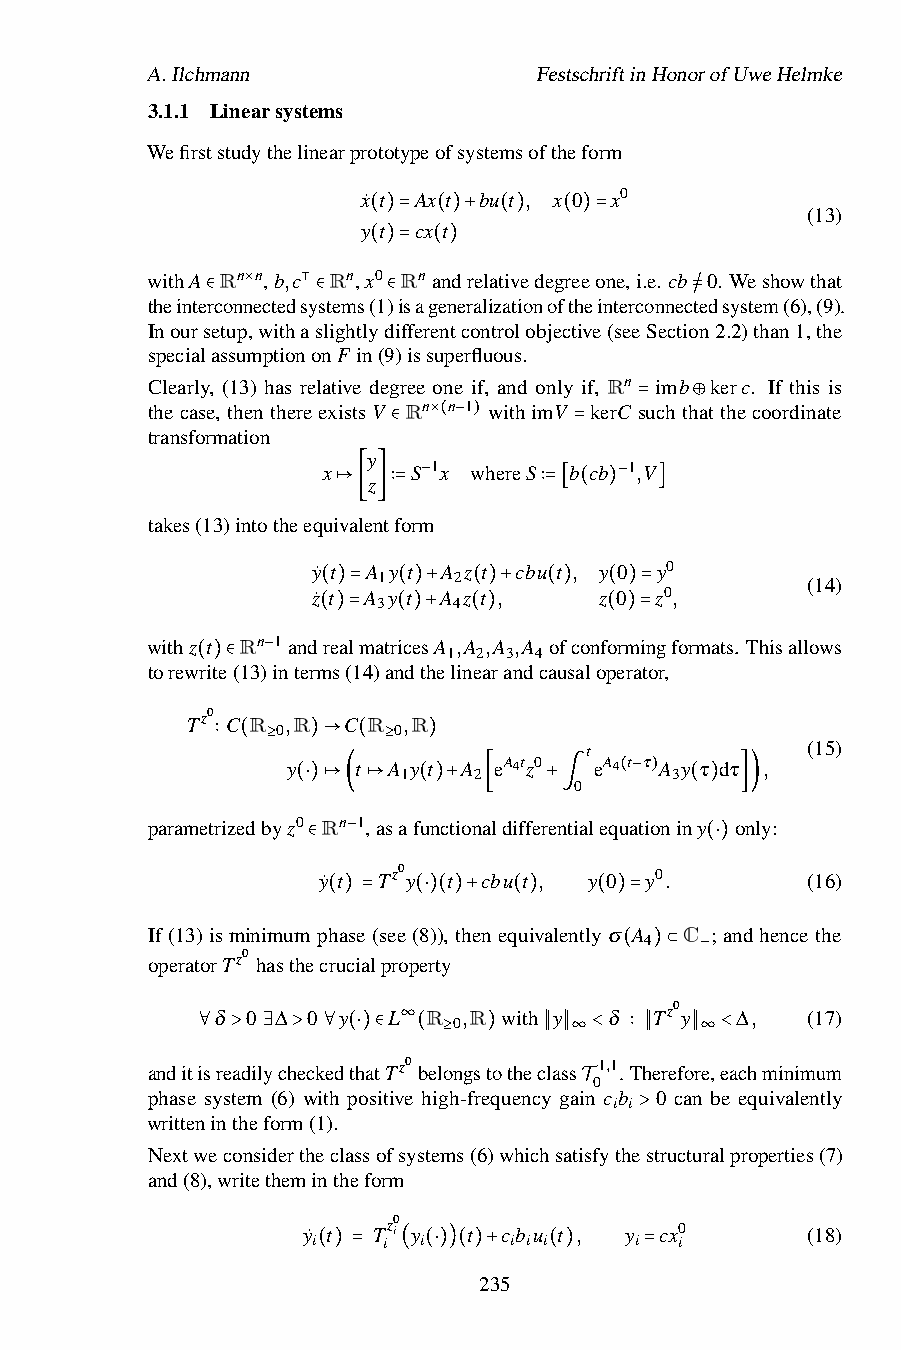
A.Ilchmann                FestschriftinHonorofUweHelmke
 3.1.1 Linearsystems
 Wefirststudythelinearprototypeofsystemsoftheform
 x˙ t Ax t bu t , x 0 x0
 (13)
 y t cx t
 ( )= ( )+ ( ) ( )=
 withA Rn n,b,c Rn,x(0)=Rna(n)drelativedegreeone,i.e. cb 0. Weshowthat
 theinterconn×ecteds⊺ystems(1)isageneralizationoftheinterconnectedsystem(6),(9).
 Inours∈etup,witha∈slightlyd∈ifferentcontrolobjective(seeSectio=/n2.2)than1,the
 specialassumptiononF in(9)issuperfluous.
 Clearly, (13) has relative degree one if, and only if, Rn imb kerc. If this is
 thecase,thenthereexistsV Rn n 1 withimV kerC suchthatthecoordinate
 transformation    ×( − )        =   ⊕
 y ∈           =
 x     S 1x whereS b cb 1,V
 z
 −            −
 takes(13)intotheequi↦va[len]t∶f=orm ∶=[ ( ) ]
 y˙ t A y t A z t cbu t , y 0 y0
 1    2                      (14)
 z˙ t A y t A z t , z 0 z0,
 3    4
 ( )= ( )+ ( )+ ( ) ( )=
 withz t Rn 1and(re)al=matr(ice)s+A ,A(,)A ,A ofconf(orm)=ingformats. Thisallows
 1 2 3 4
 torewrite(13)−interms(14)andthelinearandcausaloperator,
 ( )∈
 Tz0 C R ,R C R ,R
 0       0
 t             (15)
 ∶ ( ≥ y )→ t( ≥A 1y t) A 2 eA4tz0 eA4 t τ A 3y τ dτ ,
 0
 (− )
 parametrizedbyz0(⋅) R↦ n( 1,↦ asaf( un) c+ tiona[ ldiffer+ en∫ tialequationin( y) o] n)
 ly:
 −
 ∈y˙ t Tz0 y t cbu t , y 0 y0. (⋅) (16)
 If(13)isminimump( ha) se= (see(( 8⋅) ))( ,) th+ eneq( ui) valently( σ)= A C ; andhencethe
 4
 operatorTz0
 hasthecrucialproperty
 ( )⊂ −
 δ 0 ∆ 0 y   L R  ,R with y δ Tz0 y ∆,  (17)
 0
 ∞
 andit∀ isre> adil∃ ych> eck∀ ed( th⋅) at∈ Tz0( belo≥ ngst) othec∥ las∥ s∞<1,1.∶ Th∥ erefo∥ r∞ e,e<
 achminimum
 0
 phase system (6) with positive high-frequency gain cb 0 can be equivalently
 i i
 writtenintheform(1).        T
 >
 Nextweconsidertheclassofsystems(6)whichsatisfythestructuralproperties(7)
 and(8),writethemintheform
 y˙ t
 Tz0
 i y  t cb u t , y cx0      (18)
 i   i  i     i i i   i  i
 ( ) = ( (⋅))( )2+35 ( ) =